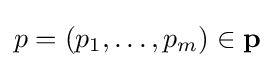
p=(p_{1},\dots ,p_{m})\in {\mathbf {p} }